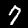
Label: 7